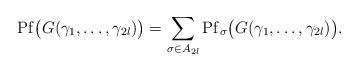
\begin{align*}\mathrm{Pf}\big(G(\gamma_1,\dots,\gamma_{2l})\big)=\sum_{\sigma\in A_{2l}}\mathrm{Pf}_{\sigma}\big(G(\gamma_1,\dots,\gamma_{2l})\big).\end{align*}